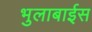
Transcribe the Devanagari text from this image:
भुलाबाईस